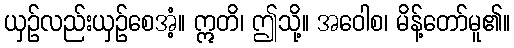
ယှဉ်လည်းယှဉ်စေအံ့။ ဣတိ၊ ဤသို့။ အဝေါစ၊ မိန့်တော်မူ၏။